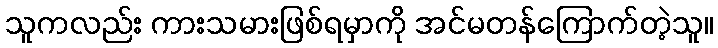
သူကလည်း ကားသမားဖြစ်ရမှာကို အင်မတန်ကြောက်တဲ့သူ။